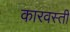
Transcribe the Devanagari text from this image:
कारवस्ती